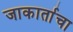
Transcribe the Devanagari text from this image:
जाकार्ताचा